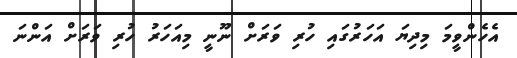
އެހެންވީމަ މިދިޔަ އަހަރުގައި ހުރި ވަރަށް ނޫނީ މިއަހަރު ހުރި ވަރަށް އަންނަ